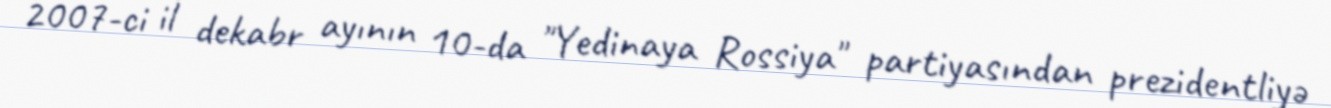
2007-ci il dekabr ayının 10-da "Yedinaya Rossiya" partiyasından prezidentliyə